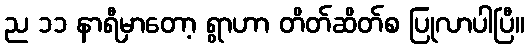
ည ၁၁ နာရီမှာတော့ ရွာဟာ တိတ်ဆိတ်စ ပြုလာပါပြီ။